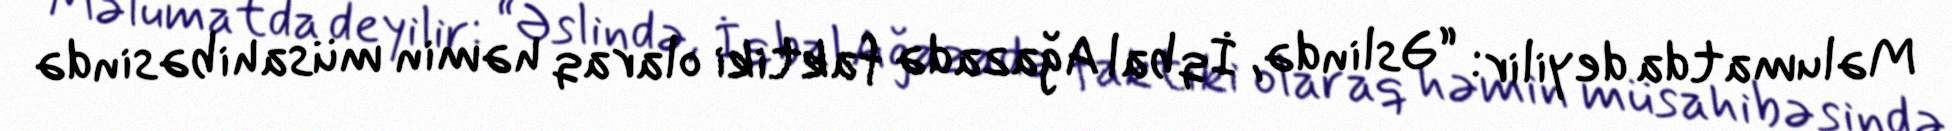
Məlumatda deyilir: “Əslində, İqbal Ağazadə faktiki olaraq həmin müsahibəsində